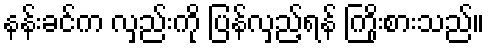
နန်းခင်က လှည်းကို ပြန်လှည့်ရန် ကြိုးစားသည်။